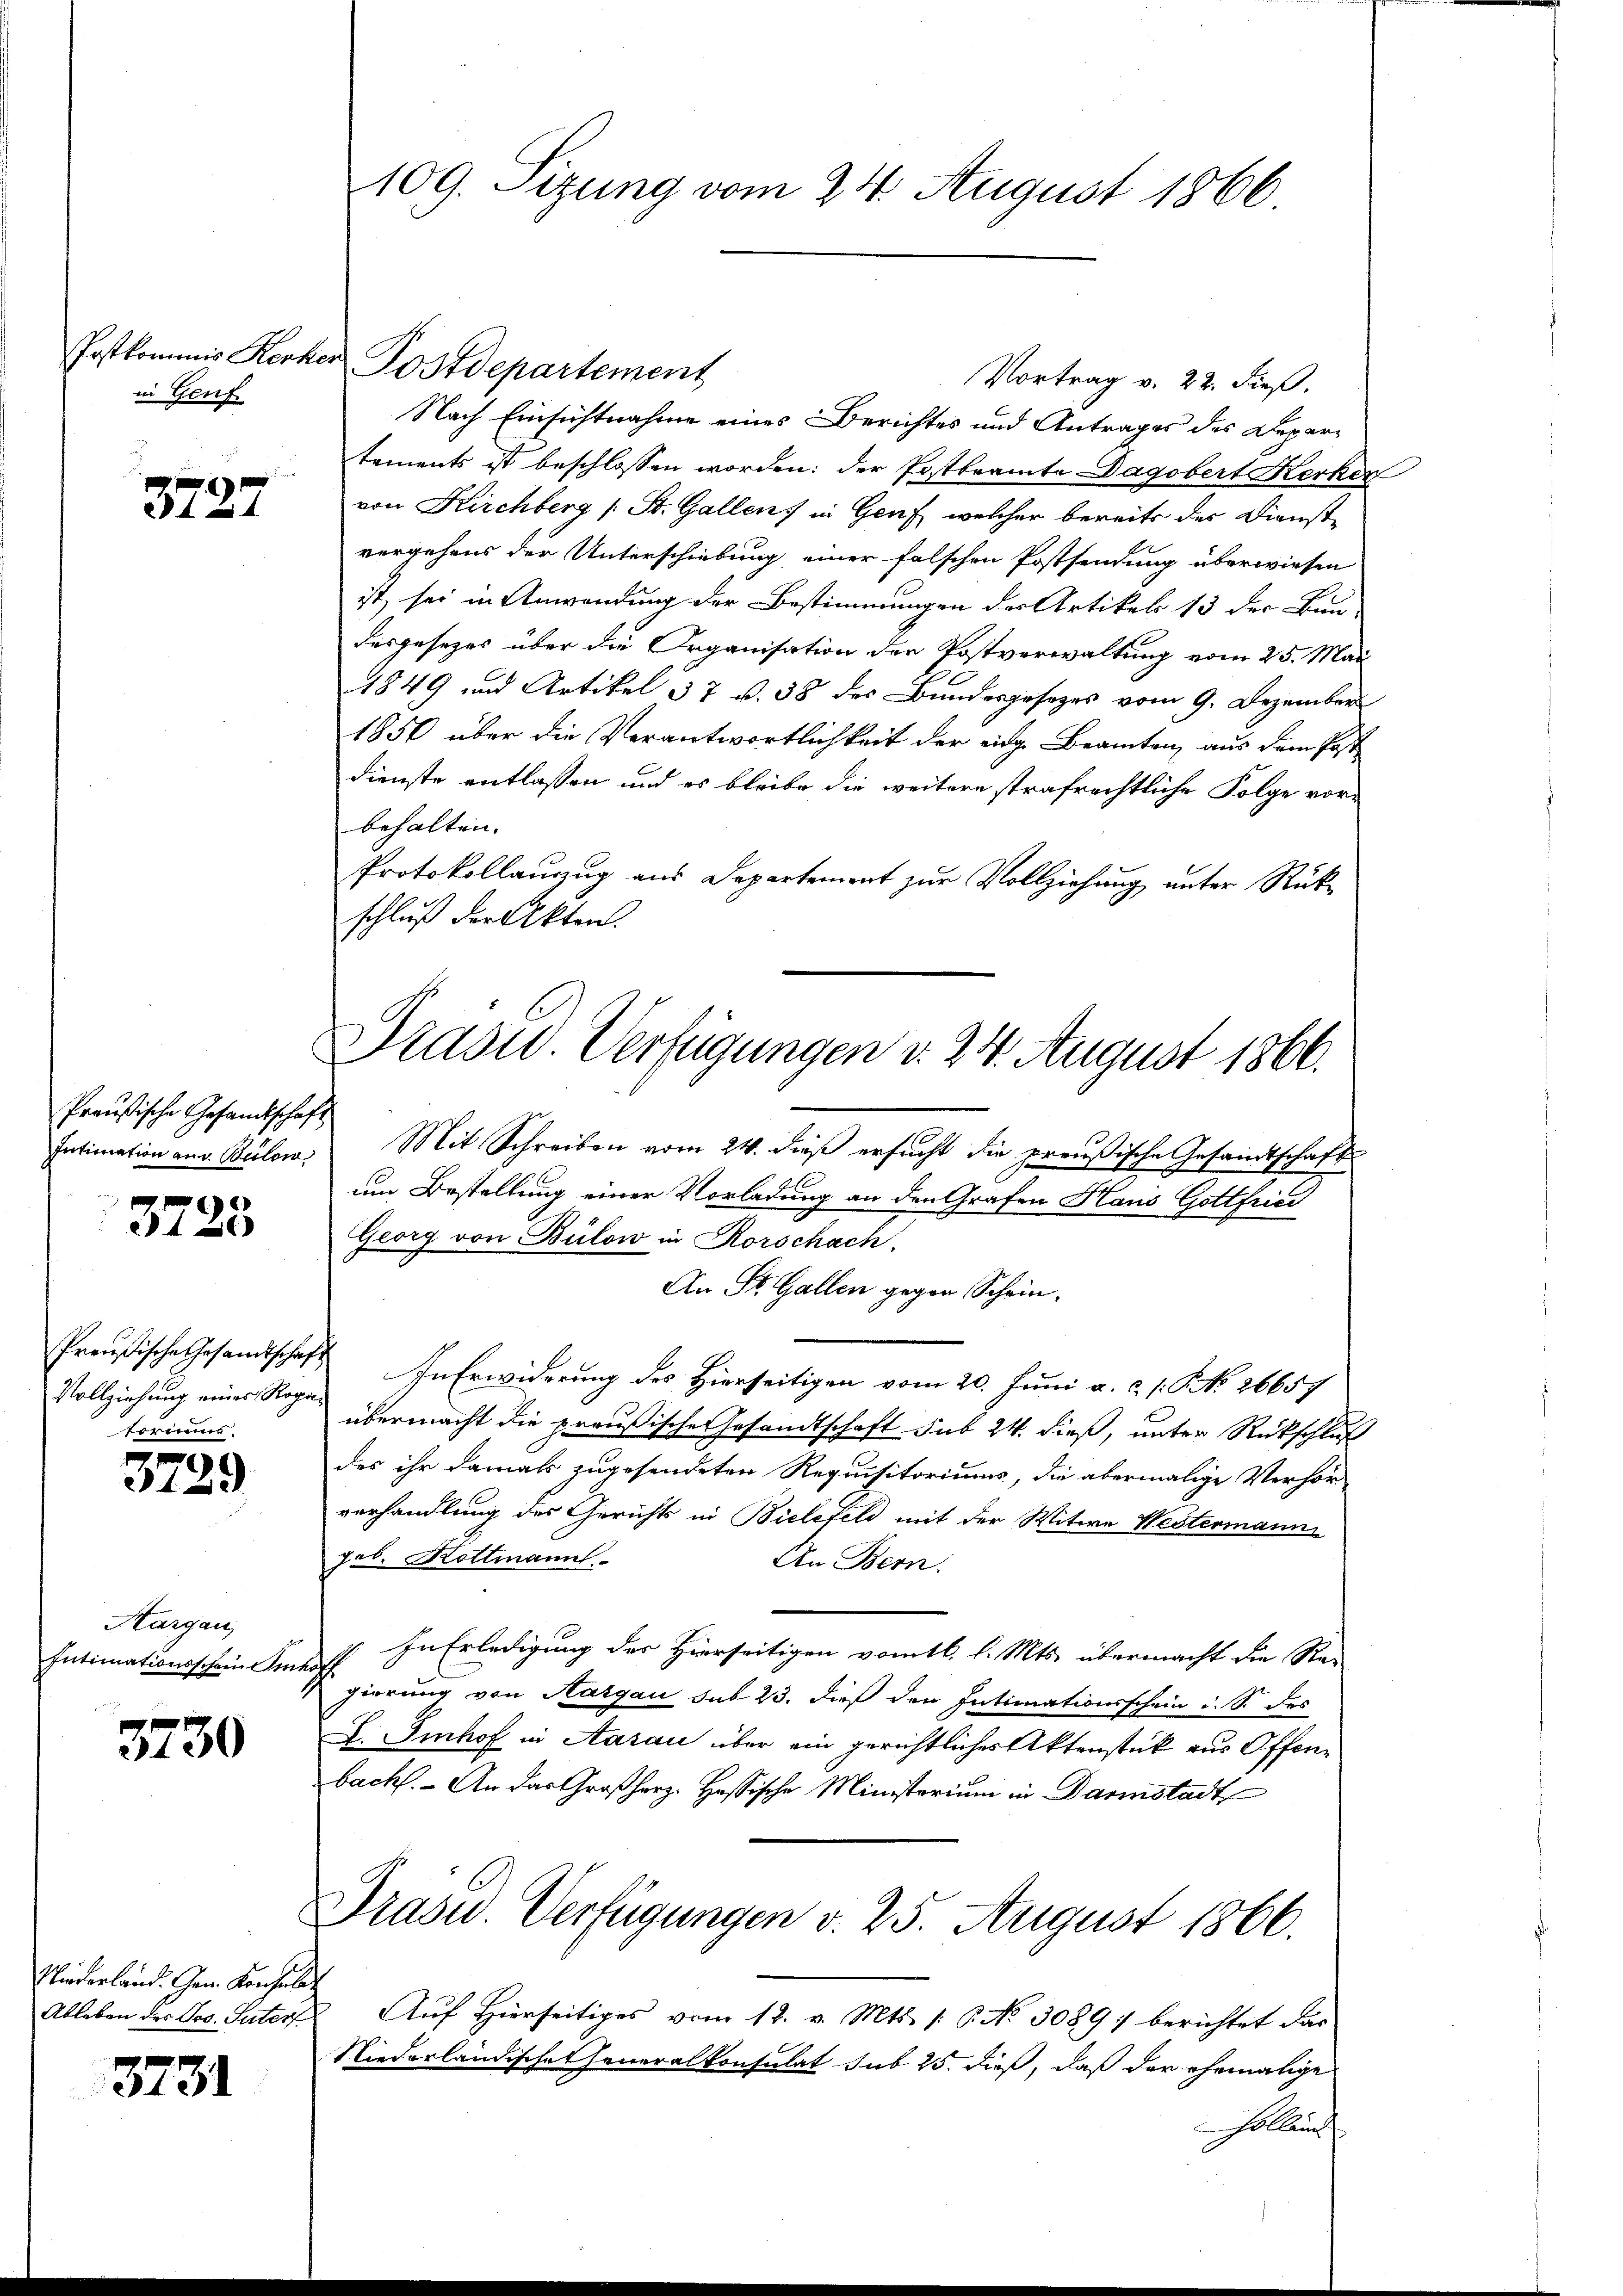
in Genf

3727

Preußische Gesandtschaft
Intimation aus Bilow

3725

Preußische Gesandtschaf
Vollziehung eines Roga
torius.

3729

Aargau
Intimationsschein de

3730

Niederland. Gen. Konsula
Ableben der Jos. Suter

3731

109. Sizung vom 24. August 1866

Postkommis Kerker Postdepartement
Vortrag v. 22. dieß.
Nach Einsichtnahme eines Berichtes und Antrages des Departements ist beschlossen worden: der Postbeamte Dagobert Kerken
von Kirchberg / B. Gallen in Genf, welcher bereits des Dienstvergehens der Unterschiebung einer falschen Postsendung überwiesen
ist, sei in Anwendung der Bestimmungen der Artikels 13 der Bun-
desgesetzes über die Organisation der Postverwaltung vom 25. Mai
1849 und Artikel 37 u. 38 des Bundesgesezes vom 9. Dezember
1856 über die Verantwortlichkeit der eidge Beamten, aus dem Post
dienste entlassen und es bleibe die weitere strafrechtliche Folge vorbehalten. |
Protokollauszug aus Departement zur Vollziehung unter Rückschluß der Akten.
Mit Schreiben vom 24. dieß ersucht die preußische Gesandtschaft
um Bestellung einer Vorladung an den Grafen Haus Gottfried
Georg von Bülow in Rorschach.
An St. Gallen gegen Schein¬
In Erwiderung des Hierseitigen vom 20. Juni a. c. s. S. 26657
übermacht die preußischeresandtschaft sub 24. dieß, unter Rückschluß
des ihr damals zugesendeten Requisitoriums, die abermalige Verhör-
verhandlung des Gerichts in Bielefeld mit der Witwe Westermann
Job. Rottmann
An Bern.
In Erledigung des Hierseitigen vom 16. l. Mts. übermacht die Re-
gierung von Aargau sub 23. dieß den Intimationsschein u. S. des
L. Imhof in Aarau über ein gerichtliches Aktenstück aus Offenbach. - An das Großherz. Hassische Ministerium in Darmstadt
Drasu. Verfügungen v. 25. August 1866.
 Auf Hierseitiges vom 12. v. Mts. /: 6 No 30897 berichtet dar
Niederländischen Generalkonsulat sub 25. dieß, daß der ehemalige
Hallein

Dradu Verfügungen d. 24. August 1866.